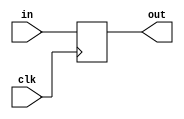
`define DMW 6 //Defined Memory Width  = 6
`define DAW 3 //Defined Memory addres Width  = 3
module ff(clk,in,out);
    parameter AW = 1;
    input                    clk;
    input    [AW - 1:0]      in ;
    output   [AW - 1:0]      out;
    reg      [AW - 1:0]      out;
    
    always@(posedge clk) begin
        out <= in;
    end
endmodule

//define RF
module rf(clk,ra,rd,re,wd,wa,we);
    parameter AW = 0;
    parameter MW = 0;
    input                  we,re,clk;
    input  [AW - 1:0]             ra;
    input  [AW - 1:0]             wa;
    input  [MW - 1:0]             wd;
    output [MW - 1:0]             rd;
    reg    [MW - 1:0]             rd;
    reg [MW-1:0] my_memory[0:(1'b1<<AW)-1];
    
    always@(posedge clk) begin
        if(we)begin
        my_memory[wa]= wd;
    end
        if(re)begin
        rd=my_memory[ra];
    end
end
endmodule

//define counter
module counter(clk,en,rst,cnt);
    parameter AW = 0;
    input             clk;
    input         rst,en;
    output [AW - 1:0] cnt;
    reg    [AW - 1:0] cnt;
    
    initial begin
        cnt = 0;
    end
    always@(posedge clk) begin
        if(en) begin
            cnt <= cnt+1;
        end
        if(rst)begin
            cnt <=0;
        end
    end
endmodule
//define TOP
module memory_top(clk,valid,reset,wd,rd,wa,we);
input clk,we;
output valid;
input reset;
input [`DMW:0] wd;
output [`DMW-1:0] rd;
input [`DAW-1:0] wa;
    wire [`DAW-1:0] top_ra1;
    wire [`DAW-1:0] top_ra2;
    wire [`DAW-1:0] ra;
    reg re=1;
    counter    #(.AW(`DAW)) counter2(.clk(clk),.en(re),.rst(reset),.cnt(ra));
    rf         #(.AW(`DAW),.MW(`DMW)) rf(.clk(clk),.ra(top_ra1),.rd(rd),.re(re),.wd(wd[6:1]),.wa(wa),.we(we));
   //ff         #(.AW(`DAW)) ff1(.clk(clk),.in(wa),.out(top_wa1));
    ff         #(.AW(`DAW)) ff2(.clk(clk),.in(ra),.out(top_ra1));
   // ff         #(.AW(`DAW)) ff3(.clk(clk),.in(top_wa1),.out(top_wa2));
    //ff         #(.AW(`DAW)) ff4(.clk(clk),.in(top_ra1),.out(top_ra2));
    ff         ff5(.clk(clk),.in(wd[0]),.out(valid));

endmodule
module  tb();
    reg rst,clk;
    wire [`DMW-1:0] rd;
    reg [`DMW:0] wd;
    wire [`DAW-1:0] wa;
    wire [`DAW-1:0] wa1;
    wire valid;
    reg we=1;
    reg [`DMW:0] rf_mem[0:(1'b1<<`DAW)-1];
    counter    #(.AW(`DAW)) counter1(.clk(clk),.en(we),.rst(rst),.cnt(wa));
    memory_top memory_top(.clk(clk),.valid(valid),.reset(rst),.wd(wd),.rd(rd),.wa(wa1),.we(we));
    ff         #(.AW(`DAW)) ff1(.clk(clk),.in(wa),.out(wa1));
initial begin
       $readmemb("mem_list.txt",rf_mem);
       clk = 1'b0;
       rst = 1'b0;
    end
   
    always clk = #2 ~clk;
    always @(posedge clk) begin
        wd <=rf_mem[wa];
    end
endmodule